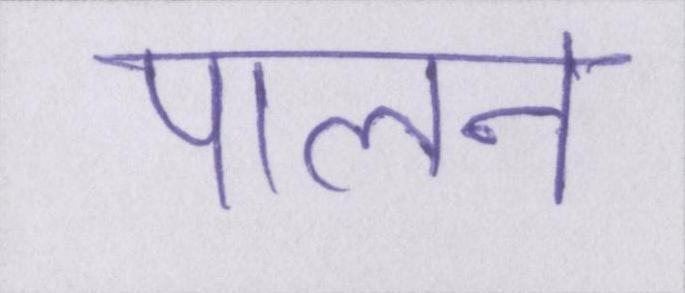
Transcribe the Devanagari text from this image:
पालन